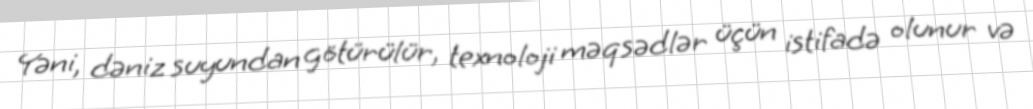
Yəni, dəniz suyundan götürülür, texnoloji məqsədlər üçün istifadə olunur və